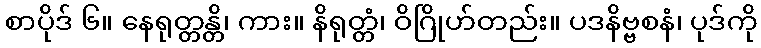
စာပိုဒ် ၆။ နေရုတ္တန္တိ၊ ကား။ နိရုတ္တံ၊ ဝိဂြိုဟ်တည်း။ ပဒနိဗ္ဗစနံ၊ ပုဒ်ကို